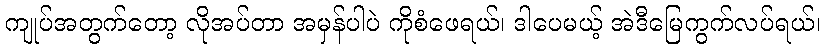
ကျုပ်အတွက်တော့ လိုအပ်တာ အမှန်ပါပဲ ကိုစံဖေရယ်၊ ဒါပေမယ့် အဲဒီမြေကွက်လပ်ရယ်၊